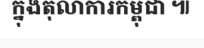
ក្នុងតុលាការកម្ពុជា ៕